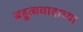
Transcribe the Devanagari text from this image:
बहुत्ववादाच्या